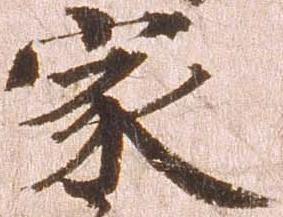
家